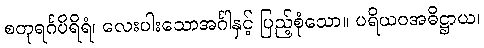
စတုရင်္ဂပိရိရံ၊ လေးပါးသောအင်္ဂါနှင့် ပြည့်စုံသော။ ပရိယဝအဓိဋ္ဌာယ၊